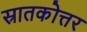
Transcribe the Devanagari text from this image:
स्रातकोत्तर